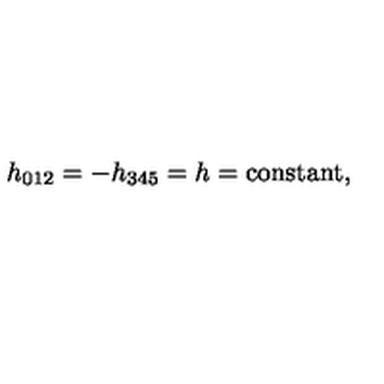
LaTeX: h _ { 0 1 2 } = - h _ { 3 4 5 } = h = \mathrm { c o n s t a n t } ,